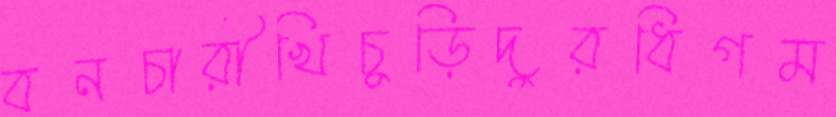
বনচারীখিচুড়িদুরধিগম